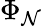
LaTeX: \Phi_{\mathcal{N}}